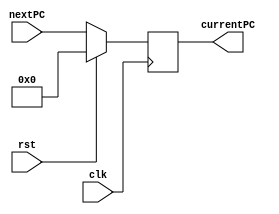
`timescale 1ns / 1ps


module ProgramCounter(input wire clk, input wire rst, input wire [31:0] nextPC,
                      output reg [31:0] currentPC
    );
    
    always@(posedge clk) begin
       if(rst == 1) begin 
            currentPC <= 0;
        end
        else begin
            currentPC <= nextPC;
        end
    end
   
endmodule